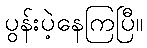
ပွန်းပဲ့နေကြပြီ။